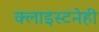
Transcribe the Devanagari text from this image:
क्लाइस्टनेही